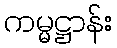
ကမ္မဋ္ဌာန်း